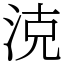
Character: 㳳